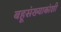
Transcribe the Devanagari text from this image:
बहूसंख्याकांशी